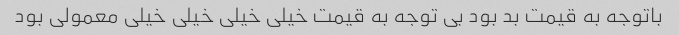
باتوجه به قیمت بد بود بی توجه به قیمت خیلی خیلی خیلی خیلی معمولی بود